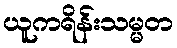
ယူကရိန်းသမ္မတ